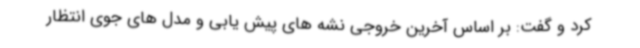
کرد و گفت: بر اساس آخرین خروجی نشه های پیش یابی و مدل های جوی انتظار